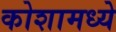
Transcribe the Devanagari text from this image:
कोशामध्ये